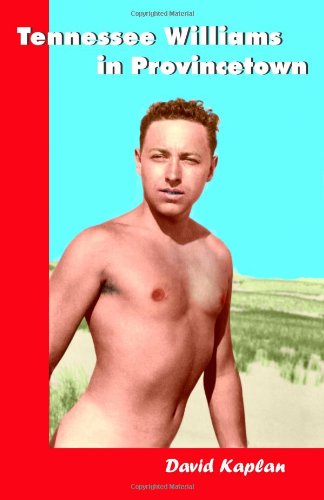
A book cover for Tennessee Williams in Provincetown; David Kaplan; Literature & Fiction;